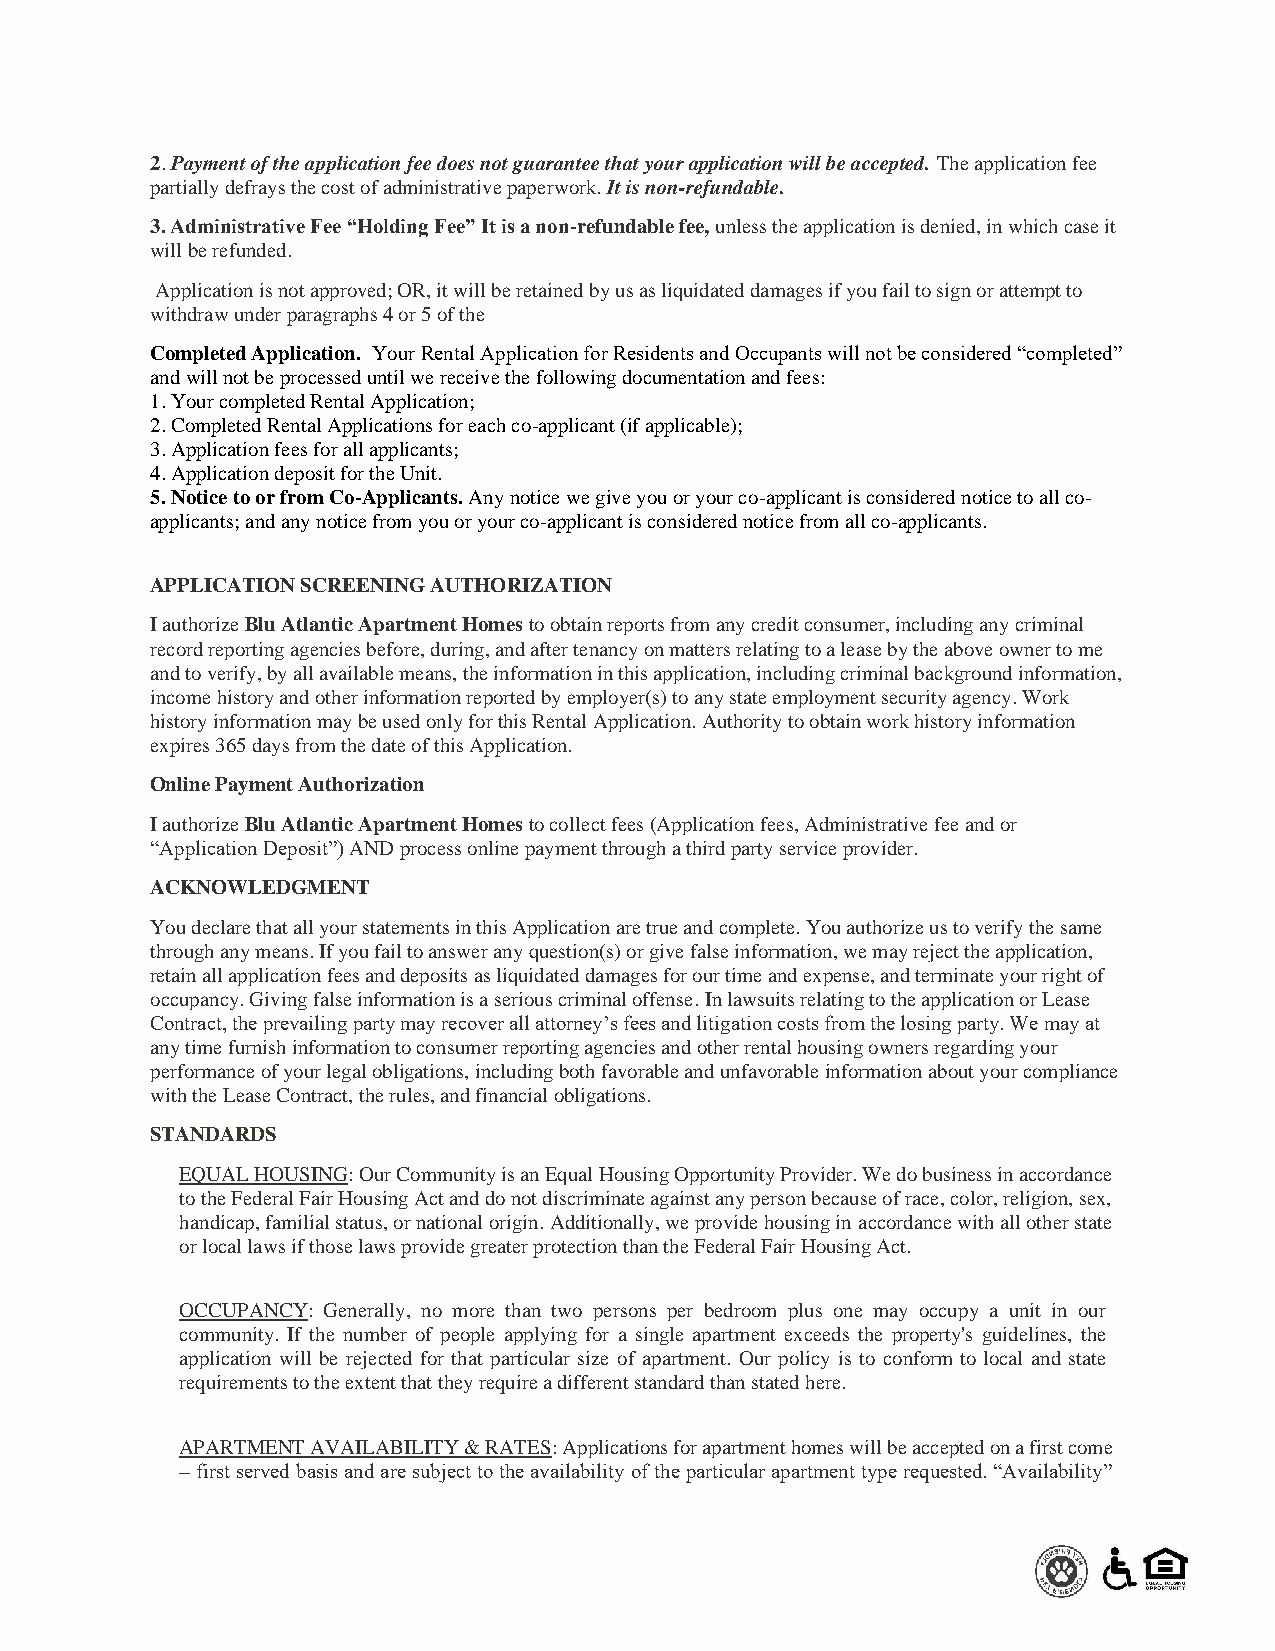
2. Payment of the application fee does not guarantee that your application will be accepted. The application fee
 partially defrays the cost of administrative paperwork. It is non-refundable.
 3. Administrative Fee “Holding Fee” It is a non-refundable fee, unless the application is denied, in which case it
 will be refunded.
 Application is not approved; OR, it will be retained by us as liquidated damages if you fail to sign or attempt to
 withdraw under paragraphs 4 or 5 of the
 Completed Application. Your Rental Application for Residents and Occupants will not be considered “completed”
 and will not be processed until we receive the following documentation and fees:
 1. Your completed Rental Application;
 2. Completed Rental Applications for each co-applicant (if applicable);
 3. Application fees for all applicants;
 4. Application deposit for the Unit.
 5. Notice to or from Co-Applicants. Any notice we give you or your co-applicant is considered notice to all co-
 applicants; and any notice from you or your co-applicant is considered notice from all co-applicants.
 APPLICATION SCREENING AUTHORIZATION
 I authorize Blu Atlantic Apartment Homes to obtain reports from any credit consumer, including any criminal
 record reporting agencies before, during, and after tenancy on matters relating to a lease by the above owner to me
 and to verify, by all available means, the information in this application, including criminal background information,
 income history and other information reported by employer(s) to any state employment security agency. Work
 history information may be used only for this Rental Application. Authority to obtain work history information
 expires 365 days from the date of this Application.
 Online Payment Authorization
 I authorize Blu Atlantic Apartment Homes to collect fees (Application fees, Administrative fee and or
 “Application Deposit”) AND process online payment through a third party service provider.
 ACKNOWLEDGMENT
 You declare that all your statements in this Application are true and complete. You authorize us to verify the same
 through any means. If you fail to answer any question(s) or give false information, we may reject the application,
 retain all application fees and deposits as liquidated damages for our time and expense, and terminate your right of
 occupancy. Giving false information is a serious criminal offense. In lawsuits relating to the application or Lease
 Contract, the prevailing party may recover all attorney’s fees and litigation costs from the losing party. We may at
 any time furnish information to consumer reporting agencies and other rental housing owners regarding your
 performance of your legal obligations, including both favorable and unfavorable information about your compliance
 with the Lease Contract, the rules, and financial obligations.
 STANDARDS
 EQUAL HOUSING: Our Community is an Equal Housing Opportunity Provider. We do business in accordance
 to the Federal Fair Housing Act and do not discriminate against any person because of race, color, religion, sex,
 handicap, familial status, or national origin. Additionally, we provide housing in accordance with all other state
 or local laws if those laws provide greater protection than the Federal Fair Housing Act.
 OCCUPANCY: Generally, no more than two persons per bedroom plus one may occupy a unit in our
 community. If the number of people applying for a single apartment exceeds the property's guidelines, the
 application will be rejected for that particular size of apartment. Our policy is to conform to local and state
 requirements to the extent that they require a different standard than stated here.
 APARTMENT AVAILABILITY & RATES: Applications for apartment homes will be accepted on a first come
 – first served basis and are subject to the availability of the particular apartment type requested. “Availability”